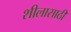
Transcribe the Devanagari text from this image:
शीलासाठी